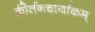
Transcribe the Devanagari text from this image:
कीर्तनचार्याकम्‌